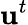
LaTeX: \mathrm{\mathbf{u}}^{t}